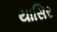
યાસિર